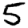
Digit: 5